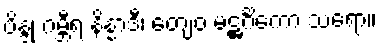
ဗိန္ဒု ဂမ္ဘီရ နိန္နာဒီ၊ တျေဝ မဋ္ဌင်္ဂိကော သရော။